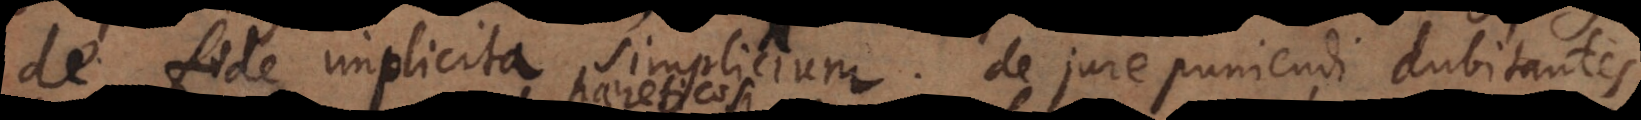
de fide implicita simplicium; de jure puniendi dubitantes